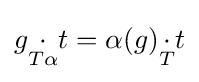
g{\underset {T\alpha }{\cdot }}t=\alpha (g){\underset {T}{\cdot }}t